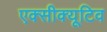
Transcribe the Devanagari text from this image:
एक्सीक्यूटिव